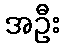
အဦး